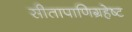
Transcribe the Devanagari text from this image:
सीतापाणिग्रहेष्ट